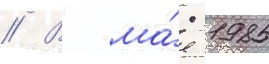
// В ма́е 1985